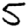
Digit: 5